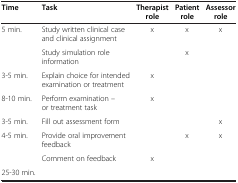
| Time | Task | Therapist role | Patient role | Assessor role |
 | --- | --- | --- | --- | --- |
 | <ROWSPAN=2> 5 min. | Study written clinical case and clinical assignment | x | x | x |
 | Study simulation role information |  | x |  |
 | 3-5 min. | Explain choice for intended examination or treatment | x |  |  |
 | 8-10 min. | Perform examination – or treatment task | x |  |  |
 | 3-5 min. | Fill out assessment form |  |  | x |
 | <ROWSPAN=2> 4-5 min. | Provide oral improvement feedback |  | x | x |
 | Comment on feedback | x |  |  |
 | 25-30 min. | <COLSPAN=4>  |